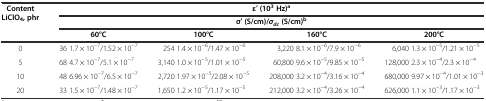
<table><thead><tr><td rowspan="3"><b>Content LiClO<sub>4</sub>, phr</b></td><td colspan="4"><b>ε′ (10<sup>3</sup>Hz)<sup>a</sup></b></td></tr><tr><td colspan="4"><b>σ′ (S/cm)/<i>σ</i><sub><i>dc</i></sub>(S/cm)<sup>b</sup></b></td></tr><tr><td><b>60°С</b></td><td><b>100°С</b></td><td><b>160°С</b></td><td><b>200°С</b></td></tr></thead><tbody><tr><td>0</td><td>36 1.7 × 10<sup>−7</sup>/1.52 × 10<sup>−7</sup></td><td>254 1.4 × 10<sup>−6</sup>/1.47 × 10<sup>−6</sup></td><td>3,220 8.1 × 10<sup>−6</sup>/7.9 × 10<sup>−6</sup></td><td>6,040 1.3 × 10<sup>−5</sup>/1.21 × 10<sup>−5</sup></td></tr><tr><td>5</td><td>68 4.7 × 10<sup>−7</sup>/5.1 × 10<sup>−7</sup></td><td>3,140 1.0 × 10<sup>−5</sup>/1.01 × 10<sup>−5</sup></td><td>60,800 9.6 × 10<sup>−5</sup>/9.85 × 10<sup>−5</sup></td><td>128,000 2.3 × 10<sup>−4</sup>/2.3 × 10<sup>−4</sup></td></tr><tr><td>10</td><td>48 6.96 × 10<sup>−7</sup>/6.5 × 10<sup>−7</sup></td><td>2,720 1.97 × 10<sup>−5</sup>/2.08 × 10<sup>−5</sup></td><td>208,000 3.2 × 10<sup>−4</sup>/3.16 × 10<sup>−4</sup></td><td>680,000 9.97 × 10<sup>−4</sup>/1.01 × 10<sup>−3</sup></td></tr><tr><td>20</td><td>33 1.5 × 10<sup>−7</sup>/1.48 × 10<sup>−7</sup></td><td>1,650 1.2 × 10<sup>−5</sup>/1.17 × 10<sup>−5</sup></td><td>212,000 3.2 × 10<sup>−4</sup>/3.26 × 10<sup>−4</sup></td><td>626,000 1.1 × 10<sup>−3</sup>/1.17 × 10<sup>−3</sup></td></tr></tbody></table>